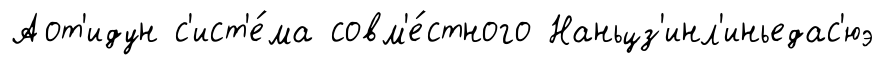
Аот'идун с'ист'е́ма совм'е́стного Наньцз'инл'иньедас'юэ